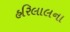
હરિલાલના